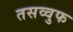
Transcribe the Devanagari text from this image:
तसव्‍वुफ